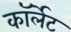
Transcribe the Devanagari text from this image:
कॉर्लेट